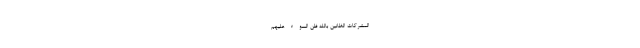
الْمُشْرِكَاتِ الظَّانِّينَ بِاللَّهِ ظَنَّ السَّوْءِ عَلَيْهِمْ